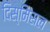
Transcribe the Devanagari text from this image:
दिस्मिसल